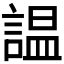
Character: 𧪍